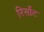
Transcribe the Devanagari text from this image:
रिर्सोट